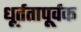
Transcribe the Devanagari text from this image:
धूर्ततापूर्वक